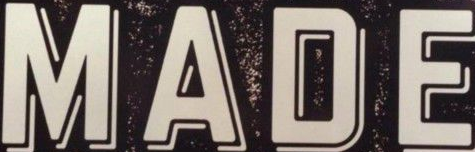
MADE